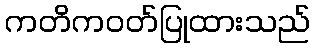
ကတိကဝတ်ပြုထားသည်